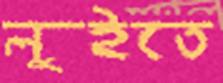
লুইতে